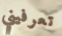
تعرفيني